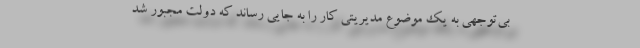
بي‌توجهي به يك موضوع مديريتي كار را به جايي رساند كه دولت مجبور شد